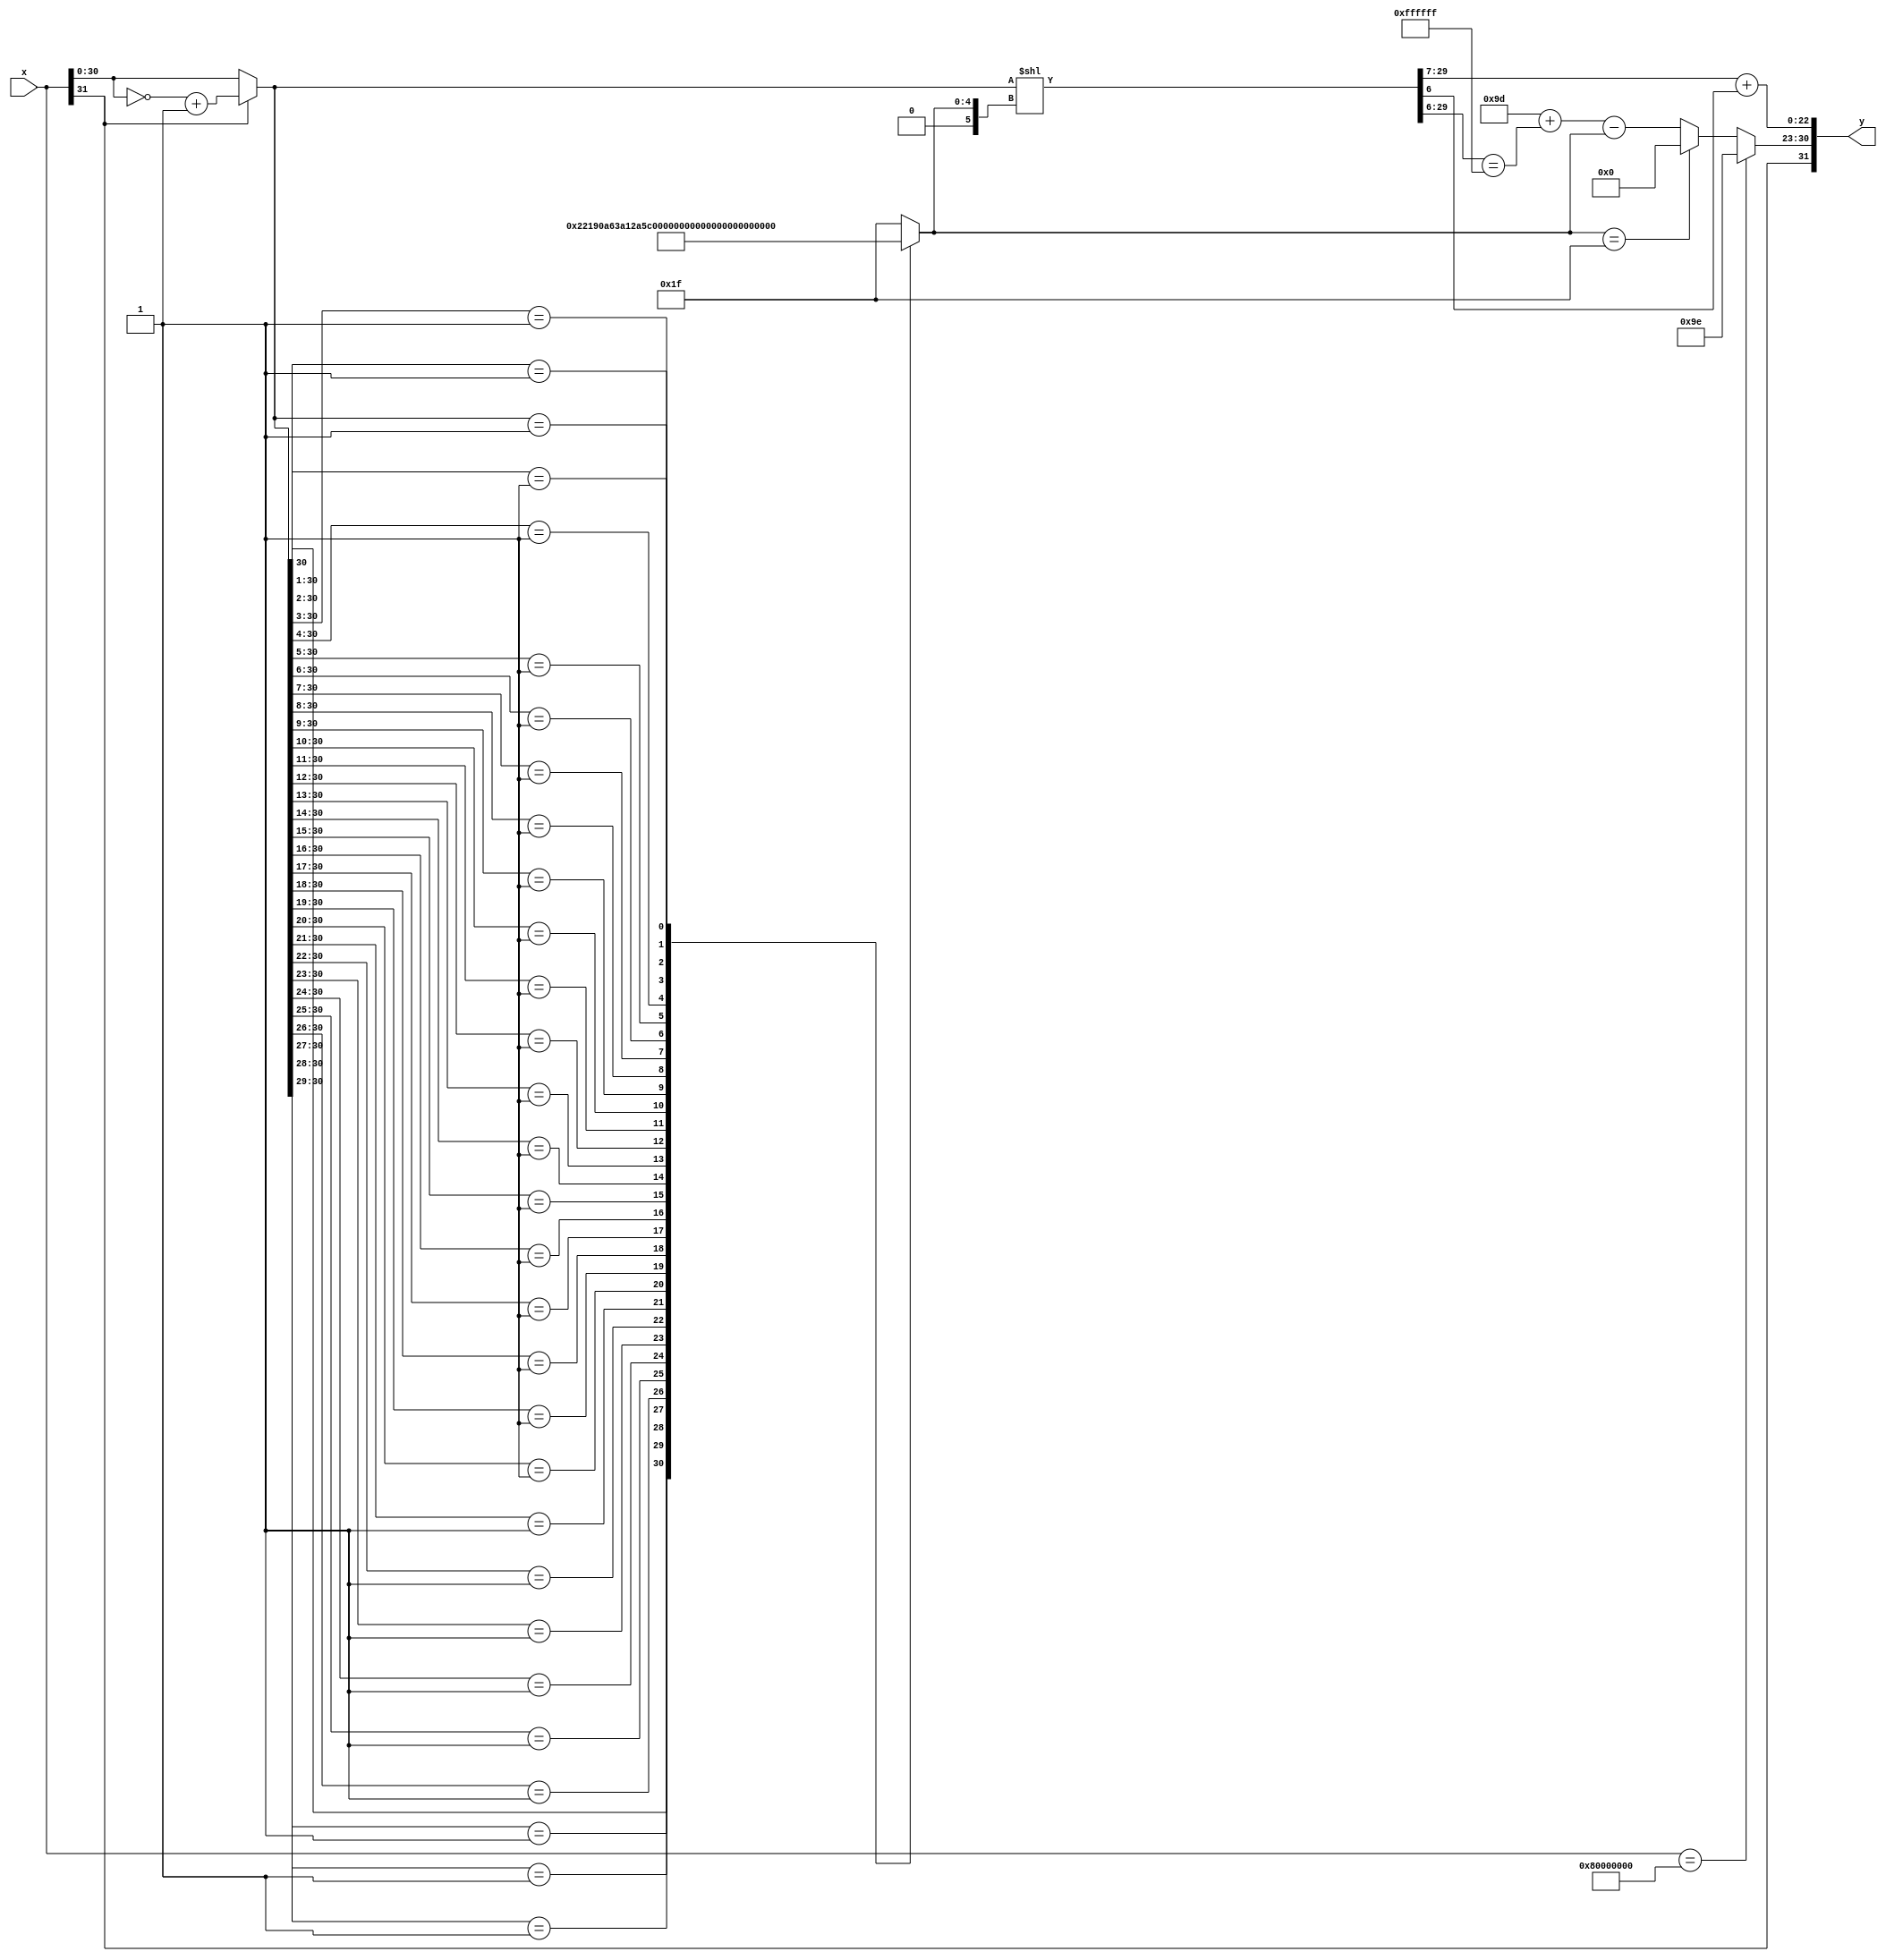
module itof(
    input wire [31:0] x,
    output wire [31:0] y);
    
    function [5:0] SE (
	input [30:0] MXB
    );
    begin
	casex(MXB)
        31'b1xxxxxxxxxxxxxxxxxxxxxxxxxxxxxx: SE = 5'd0;
        31'b01xxxxxxxxxxxxxxxxxxxxxxxxxxxxx: SE = 5'd1;
	31'b001xxxxxxxxxxxxxxxxxxxxxxxxxxxx: SE = 5'd2;
	31'b0001xxxxxxxxxxxxxxxxxxxxxxxxxxx: SE = 5'd3;
	31'b00001xxxxxxxxxxxxxxxxxxxxxxxxxx: SE = 5'd4;
        31'b000001xxxxxxxxxxxxxxxxxxxxxxxxx: SE = 5'd5;
	31'b0000001xxxxxxxxxxxxxxxxxxxxxxxx: SE = 5'd6;
	31'b00000001xxxxxxxxxxxxxxxxxxxxxxx: SE = 5'd7;
	31'b000000001xxxxxxxxxxxxxxxxxxxxxx: SE = 5'd8;
	31'b0000000001xxxxxxxxxxxxxxxxxxxxx: SE = 5'd9;
	31'b00000000001xxxxxxxxxxxxxxxxxxxx: SE = 5'd10;
	31'b000000000001xxxxxxxxxxxxxxxxxxx: SE = 5'd11;
	31'b0000000000001xxxxxxxxxxxxxxxxxx: SE = 5'd12;
	31'b00000000000001xxxxxxxxxxxxxxxxx: SE = 5'd13;
	31'b000000000000001xxxxxxxxxxxxxxxx: SE = 5'd14;
	31'b0000000000000001xxxxxxxxxxxxxxx: SE = 5'd15;
	31'b00000000000000001xxxxxxxxxxxxxx: SE = 5'd16;
	31'b000000000000000001xxxxxxxxxxxxx: SE = 5'd17;
	31'b0000000000000000001xxxxxxxxxxxx: SE = 5'd18;
	31'b00000000000000000001xxxxxxxxxxx: SE = 5'd19;
	31'b000000000000000000001xxxxxxxxxx: SE = 5'd20;
	31'b0000000000000000000001xxxxxxxxx: SE = 5'd21;
	31'b00000000000000000000001xxxxxxxx: SE = 5'd22;
	31'b000000000000000000000001xxxxxxx: SE = 5'd23;
	31'b0000000000000000000000001xxxxxx: SE = 5'd24;
        31'b00000000000000000000000001xxxxx: SE = 5'd25;
	31'b000000000000000000000000001xxxx: SE = 5'd26;
        31'b0000000000000000000000000001xxx: SE = 5'd27;
        31'b00000000000000000000000000001xx: SE = 5'd28;
        31'b000000000000000000000000000001x: SE = 5'd29;
        31'b0000000000000000000000000000001: SE = 5'd30;
        default : SE = 5'd31;

	endcase
    end
    endfunction

    wire sx;
    wire [7:0] se;
    wire [30:0] mxa,mxb;
    assign sx = x[31:31];
    assign mxa = x[30:0];
    assign mxb = (sx) ? (~mxa) + 31'b1: mxa;
    assign se = SE(mxb);

    wire sy;
    wire [7:0] eya,ey;
    wire [22:0] my;
    wire [30:0] mya;
    assign sy = sx;
    assign mya = mxb << se;
    assign my = mya[29:7] + {22'b0,mya[6:6]};
    assign eya = 8'd157 + (mya[29:6] == {24{1'b1}});
    assign ey = (x == {1'b1,31'b0}) ? 8'b10011110:
		((se == 5'd31) ? 0: eya - se);

    assign y = {sy,ey,my};

endmodule